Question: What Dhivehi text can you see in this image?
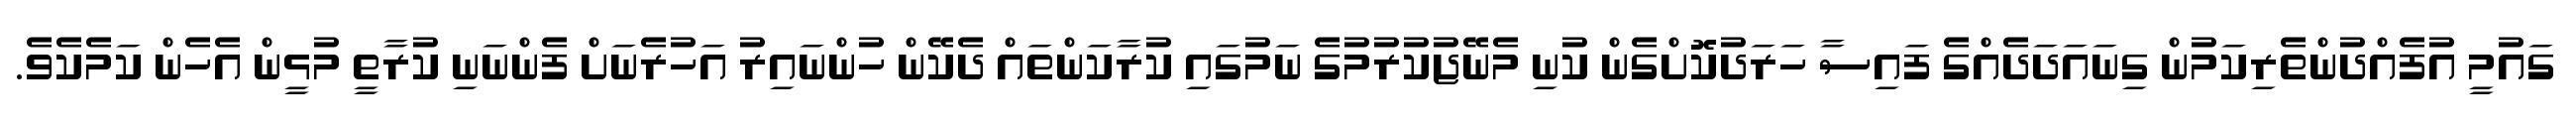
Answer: ގައުމީ އުފެއްދުންތެރިކަމުން ގިނައަދަދެއްގެ ފައިސާ ހަރަދުކޮށްގެން ކުނި މެނޭޖުކުރުމުގެ ނަމުގައި ކުރާކަންތައް ދެކޭން ހުންނައިރު އަހުރެނަށް ފެންނަނި ކުރާތީ މުޅީން އެހެން ކަމެކެވެ.